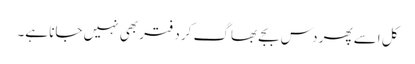
کل اسے پھر دس بجے بھاگ کر دفتر بھی نہیں جانا ہے۔